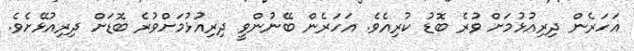
އަހަރެން ދިރިއުޅުމަށް ވުރެ ބޮޑު ކުރިއެވެ. އަހަރެން ބޭނުންވީ ދިރިއުޅުމަށްވުރެ ބޮޑަށް ދިރިއުޅޭށެވެ.